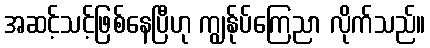
အဆင့်သင့်ဖြစ်နေပြီဟု ကျွန်ုပ်ကြေညာ လိုက်သည်။